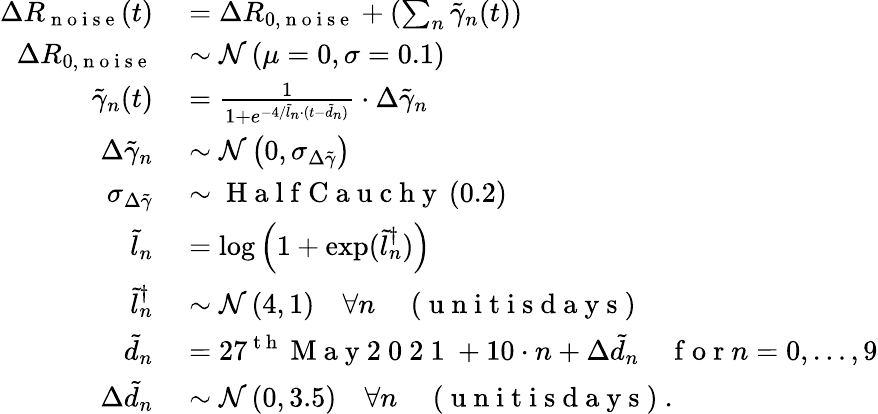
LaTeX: \begin{array}{rl}{\Delta R_{\mathrm{~n~o~i~s~e~}}(t)}&{{}=\Delta R_{0,\mathrm{~n~o~i~s~e~}}+\left(\sum_{n}\tilde{\gamma}_{n}(t)\right)}\\ {\Delta R_{0,\mathrm{~n~o~i~s~e~}}}&{{}\sim\mathcal{N}\left(\mu=0,\sigma=0.1\right)}\\ {\tilde{\gamma}_{n}(t)}&{{}=\frac{1}{1+e^{-4/\tilde{l}_{n}\cdot(t-\tilde{d}_{n})}}\cdot\Delta\tilde{\gamma}_{n}}\\ {\Delta\tilde{\gamma}_{n}}&{{}\sim\mathcal{N}\left(0,\sigma_{\Delta\tilde{\gamma}}\right)}\\ {\sigma_{\Delta\tilde{\gamma}}}&{{}\sim\mathrm{~H~a~l~f~C~a~u~c~h~y~}\left(0.2\right)}\\ {\tilde{l}_{n}}&{{}=\log\left(1+\exp(\tilde{l}_{n}^{\dagger})\right)}\\ {\tilde{l}_{n}^{\dagger}}&{{}\sim\mathcal{N}\left(4,1\right)\quad\forall n\quad\mathrm{~(~u~n~i~t~i~s~d~a~y~s~)~}}\\ {\tilde{d}_{n}}&{{}=27^{\mathrm{~t~h~}}\mathrm{~M~a~y~2~0~2~1~}+10\cdot n+\Delta\tilde{d}_{n}\quad\mathrm{~f~o~r~}n={0,\dots,9}}\\ {\Delta\tilde{d}_{n}}&{{}\sim\mathcal{N}\left(0,3.5\right)\quad\forall n\quad\mathrm{~(~u~n~i~t~i~s~d~a~y~s~)~}.}\end{array}